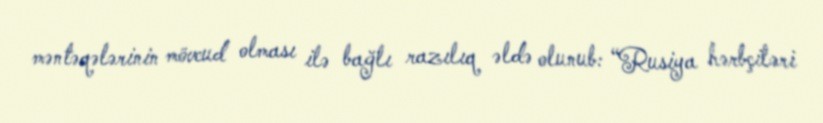
məntəqələrinin mövcud olması ilə bağlı razılıq əldə olunub: “Rusiya hərbçiləri